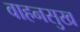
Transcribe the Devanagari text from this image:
वाहनसुख